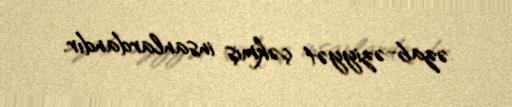
əzab-əziyyət çəkmiş insanlardandır.